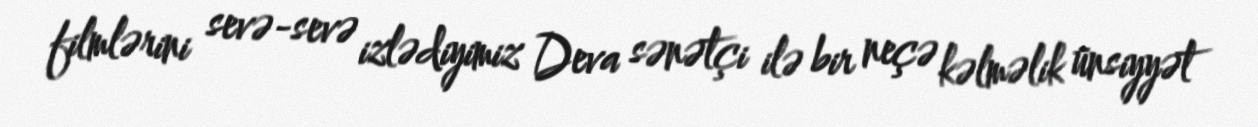
filmlərini sevə-sevə izlədiyimiz Deva sənətçi ilə bir neçə kəlməlik ünsiyyət